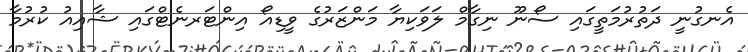
އެނގުނީ ދަތުރުމަތީގައި ސޯނޫ ނިގާމް ލަވަކިޔާ މަންޒަރުގެ ވީޑިއޯ އިންޓަރނެޓްގައި ޝާއިއު ކުރުމާ